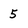
Character: 5